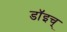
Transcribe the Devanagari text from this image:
डॉइच्